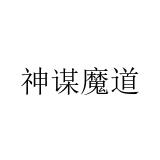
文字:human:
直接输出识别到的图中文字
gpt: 神谋魔道